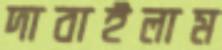
দাবাইলাম